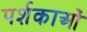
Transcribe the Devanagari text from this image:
पर्शकाओं